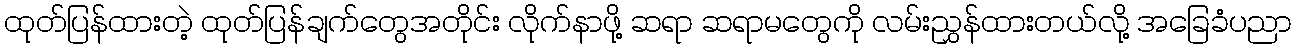
ထုတ်ပြန်ထားတဲ့ ထုတ်ပြန်ချက်တွေအတိုင်း လိုက်နာဖို့ ဆရာ ဆရာမတွေကို လမ်းညွှန်ထားတယ်လို့ အခြေခံပညာ